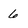
Character: 6